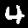
Digit: 4